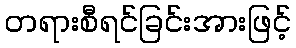
တရားစီရင်ခြင်းအားဖြင့်